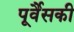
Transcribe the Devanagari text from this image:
पूर्वैसकी